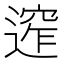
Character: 𨕠